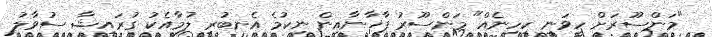
"މަންސޫރަށް ހީވަނީ ކިހިނެއް" މަންސޫރު ފާޚާނާއިން ނިކުމެ އެނބުރި ލުމާއެކު ގުރައިޝާ ސުވާލު